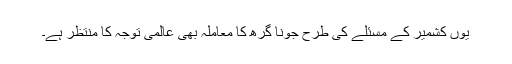
یوں کشمیر کے مسئلے کی طرح جونا گرھ کا معاملہ بھی عالمی توجہ کا منتظر ہے۔